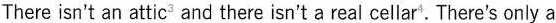
There isn't an attic and there isn't a real cellar.. There's only a